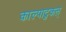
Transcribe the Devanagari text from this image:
काल्पाटुकल्